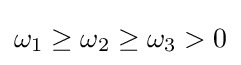
\omega _{1}\geq \omega _{2}\geq \omega _{3}>0